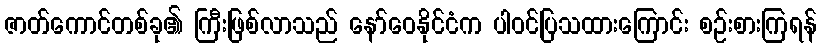
ဇာတ်ကောင်တစ်ခု၏ ကြီးဖြစ်လာသည် နော်ဝေနိုင်ငံက ပါဝင်ပြသထားကြောင်း စဉ်းစားကြရန်